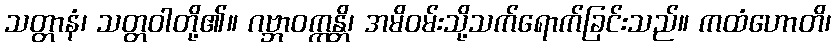
သတ္တာနံ၊ သတ္တဝါတို့၏။ ဂဗ္ဘာဝက္ကန္တိ၊ အမိဝမ်းသို့သက်ရောက်ခြင်းသည်။ ကထံဟောတိ၊